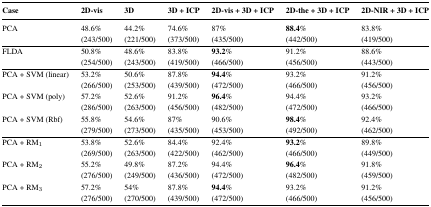
<table><thead><tr><td><b>Case</b></td><td><b>2D-vis</b></td><td><b>3D</b></td><td><b>3D + ICP</b></td><td><b>2D-vis + 3D + ICP</b></td><td><b>2D-the + 3D + ICP</b></td><td><b>2D-NIR + 3D + ICP</b></td></tr></thead><tbody><tr><td>PCA</td><td>48.6%(243/500)</td><td>44.2%(221/500)</td><td>74.6%(373/500)</td><td>87%(435/500)</td><td><b>88.4</b>%(442/500)</td><td>83.8%(419/500)</td></tr><tr><td>FLDA</td><td>50.8%(254/500)</td><td>48.6%(243/500)</td><td>83.8%(419/500)</td><td><b>93.2</b>%(466/500)</td><td>91.2%(456/500)</td><td>88.6%(443/500)</td></tr><tr><td>PCA + SVM (linear)</td><td>53.2%(266/500)</td><td>50.6%(253/500)</td><td>87.8%(439/500)</td><td><b>94.4</b>%(472/500)</td><td>93.2%(466/500)</td><td>91.2%(456/500)</td></tr><tr><td>PCA + SVM (poly)</td><td>57.2%(286/500)</td><td>52.6%(263/500)</td><td>91.2%(456/500)</td><td><b>96.4</b>%(482/500)</td><td>94.4%(472/500)</td><td>93.2%(466/500)</td></tr><tr><td>PCA + SVM (Rbf)</td><td>55.8%(279/500)</td><td>54.6%(273/500)</td><td>87%(435/500)</td><td>90.6%(453/500)</td><td><b>98.4</b>%(492/500)</td><td>92.4%(462/500)</td></tr><tr><td>PCA+RM<sub>1</sub></td><td>53.8%(269/500)</td><td>52.6%(263/500)</td><td>84.4%(422/500)</td><td>92.4%(462/500)</td><td><b>93.2</b>%(466/500)</td><td>89.8%(449/500)</td></tr><tr><td>PCA+RM<sub>2</sub></td><td>55.2%(276/500)</td><td>49.8%(249/500)</td><td>87.2%(436/500)</td><td>94.4%(472/500)</td><td><b>96.4</b>%(482/500)</td><td>91.8%(459/500)</td></tr><tr><td>PCA+RM<sub>3</sub></td><td>57.2%(276/500)</td><td>54%(270/500)</td><td>87.8%(439/500)</td><td><b>94.4</b>%(472/500)</td><td>93.2%(466/500)</td><td>91.2%(456/500)</td></tr></tbody></table>